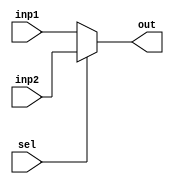
module mux_2x1 (out, inp1, inp2, sel);
	output out;
	input inp1, inp2, sel;

	assign out = sel ? inp2: inp1;
endmodule

/*
module tb_mux_2x1;
	wire out;
	reg inp1, inp2, sel;
	
	mux_2x1 m1 (out, inp1, inp2, sel);
	
	initial
		begin
			$monitor (, $time, " inp1=%b, inp2=%b, sel=%b, out=%b", inp1, inp2, sel, out);
			inp1=1'b0;
			inp2=1'b1;
			#2 sel=1'b0;
			#2 sel=1'b1;
		end
endmodule
*/